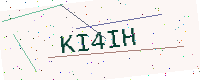
Text: KI4IH